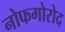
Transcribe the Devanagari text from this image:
नोफगोरोद